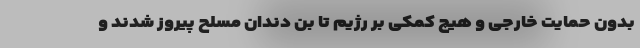
بدون حمایت خارجی و هیچ کمکی بر رژیم تا بن دندان مسلح پیروز شدند و